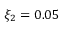
\xi _ { 2 } = 0 . 0 5